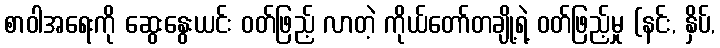
စာဝါအရေးကို ဆွေးနွေးယင်း ဝတ်ဖြည့် လာတဲ့ ကိုယ်တော်တချို့ရဲ့ ဝတ်ဖြည့်မှု (နင်း, နှိပ်,